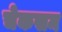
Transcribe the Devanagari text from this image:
चेकसम